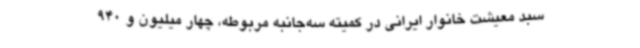
سبد معیشت خانوار ایرانی در کمیته سه‌جانبه مربوطه، چهار میلیون‌ و 940